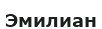
Эмилиан